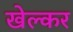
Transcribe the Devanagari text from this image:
खेल्कर